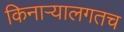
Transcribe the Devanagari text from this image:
किनार्‍यालगतच